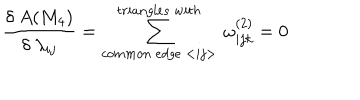
LaTeX: \frac { \delta ~ A ( M _ { 4 } ) } { \delta ~ \lambda _ { i j } } = \sum _ { c o m m o n ~ e d g e ~ < i j > } ^ { t r i a n g l e s ~ w i t h } ~ \omega _ { i j k } ^ { ( 2 ) } = 0